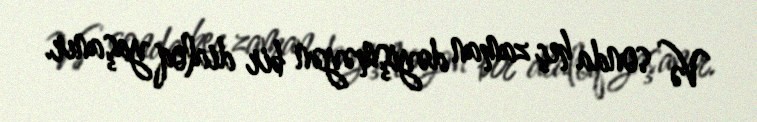
Və sonda heç zaman dəyişməyən bir dialoq yaşanır.